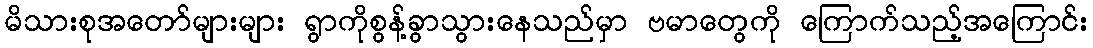
မိသားစုအတော်များများ ရွာကိုစွန့်ခွာသွားနေသည်မှာ ဗမာတွေကို ကြောက်သည့်အကြောင်း